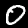
Label: 0